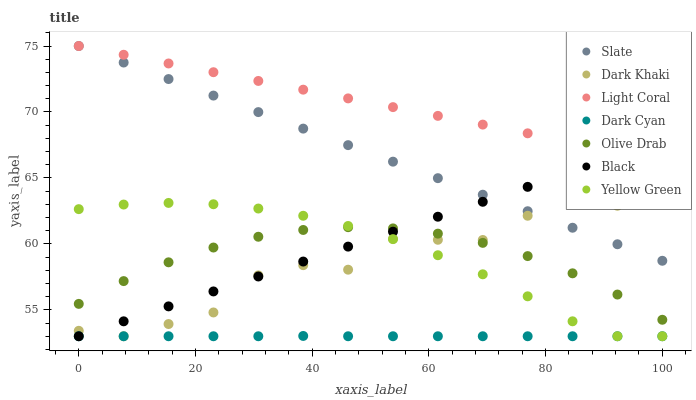
| xaxis_label | Slate | Dark Khaki | Light Coral | Dark Cyan | Olive Drab | Black | Yellow Green |
 | --- | --- | --- | --- | --- | --- | --- | --- |
 | 0 | 75 | 53.4 | 75 | 53 | 55.5 | 53 | 62.6 |
 | 7.69 | 73.7 | 53 | 74.3 | 53 | 57.2 | 54.1 | 63 |
 | 15.4 | 72.5 | 53.9 | 73.7 | 53 | 58.6 | 55.3 | 63.1 |
 | 23.1 | 71.2 | 54.8 | 73 | 53 | 59.7 | 56.4 | 63 |
 | 30.8 | 70 | 57.6 | 72.4 | 53 | 60.5 | 57.5 | 62.7 |
 | 38.5 | 68.7 | 58.4 | 71.7 | 53 | 61.1 | 58.7 | 62.1 |
 | 46.2 | 67.5 | 58 | 71 | 53 | 61.3 | 59.8 | 61.4 |
 | 53.8 | 66.2 | 60.4 | 70.4 | 53 | 61.2 | 60.9 | 60.4 |
 | 61.5 | 65 | 60.3 | 69.7 | 53 | 60.8 | 62.1 | 59.1 |
 | 69.2 | 63.7 | 60.3 | 69 | 53 | 60.1 | 63.2 | 57.7 |
 | 76.9 | 62.5 | 62.1 | 68.4 | 53 | 59.1 | 64.3 | 56 |
 | 84.6 | 61.2 | 64 | 67.7 | 53 | 57.8 | 65.5 | 54.1 |
 | 92.3 | 60 | 62.9 | 67.1 | 53 | 56.2 | 66.6 | 53 |
 | 100 | 58.7 | 64.8 | 66.4 | 53 | 54.2 | 67.7 | 53 |